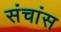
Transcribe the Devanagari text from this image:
संचांस